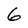
Character: 6